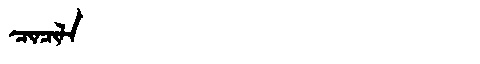
Manchu: ᠴᡳᠨᠴᡳᠯᠠ
Romanization: CINCILA